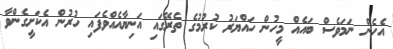
އެހެން ނަމަވެސް ބައެއް މީހުން ހައްޔަރު ކުރުމުގެ ތެރޭގައި އަނިޔާއެއްވެފައި ހުރުން އެކަށީގެންވާ